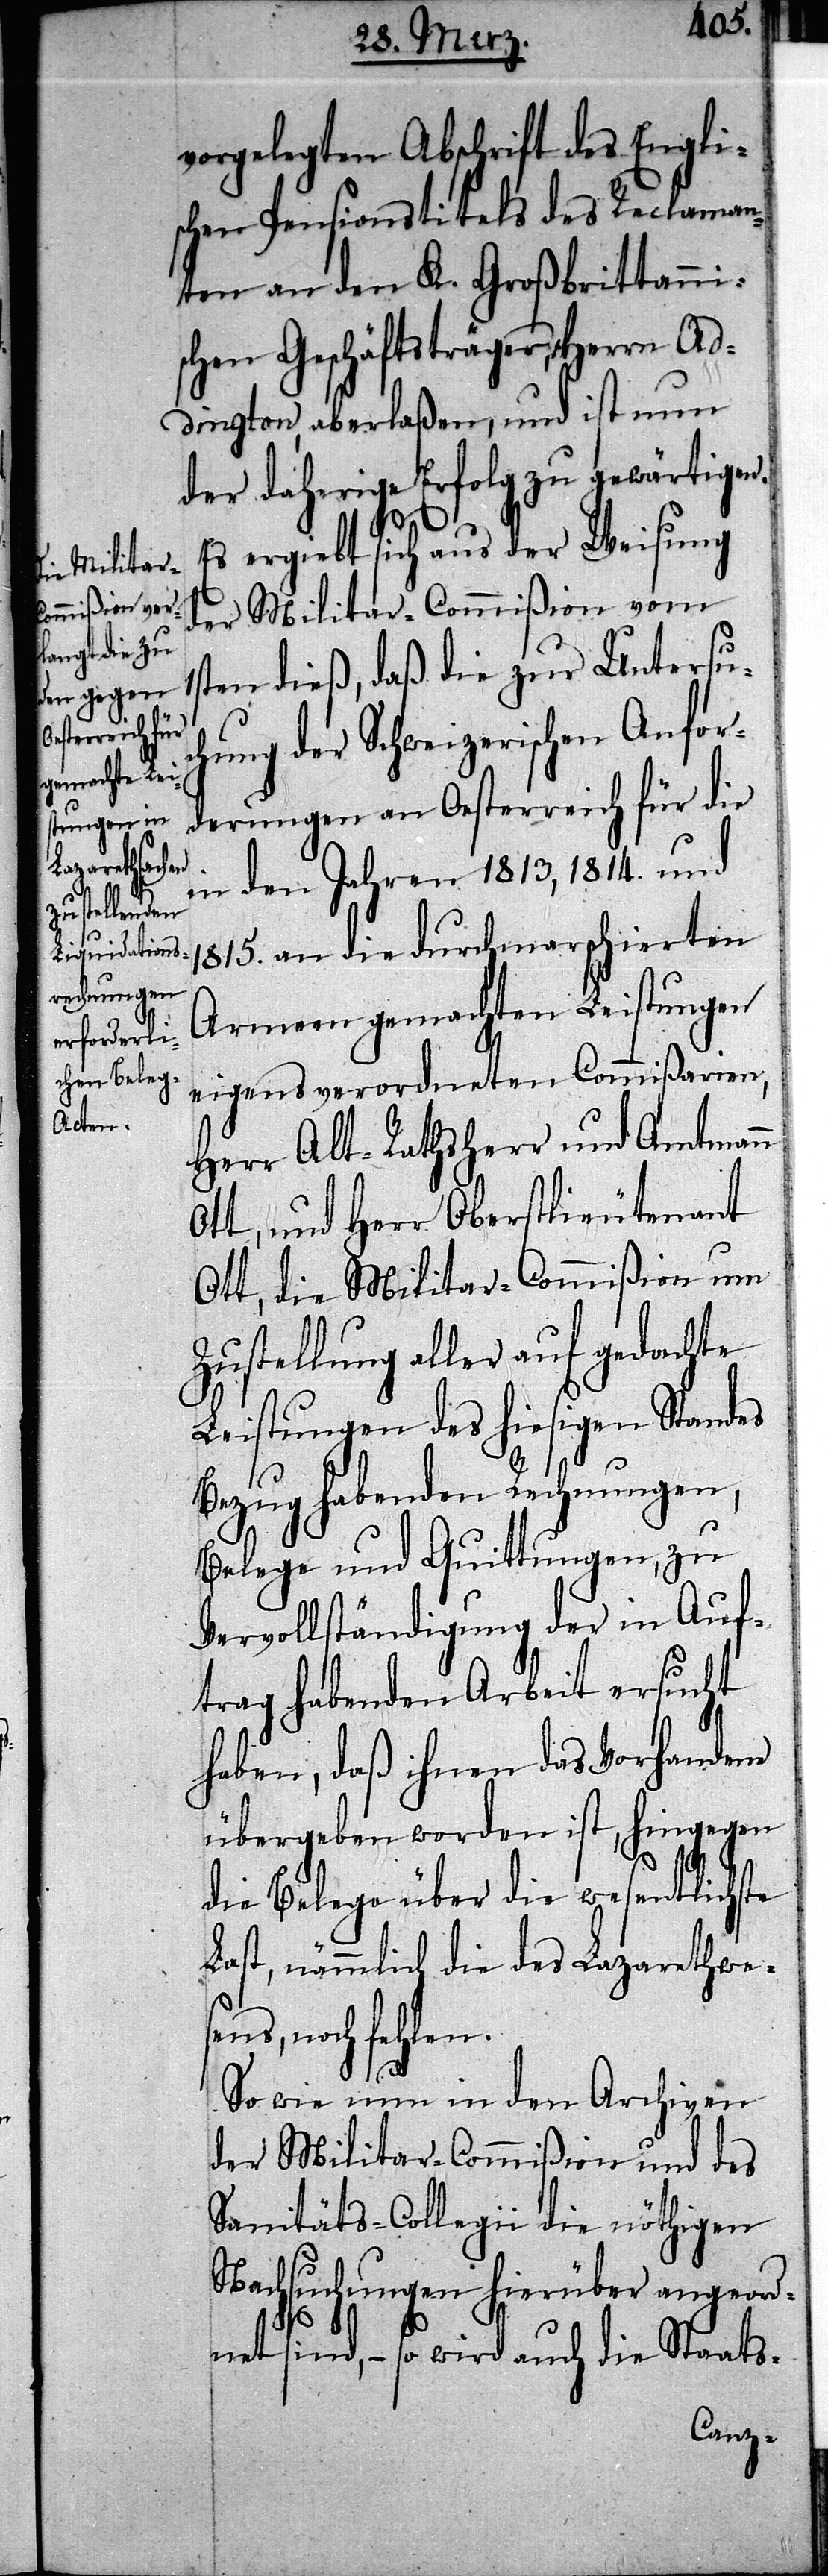
vorgelegten Abschrift des Engli¬
schen Pensionstitels des Reclaman¬
ten an den K. Großbrittanni¬
schen Geschäftsträger, Herrn Ad¬
dington, aberlaßen, und ist nun
der daherige Erfolg zu gewärtigen.
Es ergiebt sich aus der Weisung
der Militar-Commißion vom
1sten dieß, daß die zur Untersuc¬
hung der Schweizerischen Anfor¬
derungen an Oesterreich für die
in den Jahren 1813, 1814. und
1815. an die durchmarschierten
Armeen gemachten Leistungen
eigens verordneten Commißarien,
Herr Alt-Rathsherr und Amtmann
Ott, und Herr Oberstlieutenant
Ott, die Militar-Commißion um
Zustellung aller auf gedachte
Leistungen des hiesigen Standes
Bezug habenden Rechnungen,
Belege und Quittungen, zu
Vervollständigung der in Auf¬
trag habenden Arbeit ersucht
haben, daß ihnen das Vorhandene
übergeben worden ist, hingegen
die Belege über die wesentlichste
Last, nämmlich die des Lazarethwes¬
ens, noch fehlen.
So wie nun in den Archiven
der Militar-Commißion und des
Sanitäts-Collegii die nöthigen
Nachsuchungen hierüber angeord¬
net sind, – so wird auch die Staats-